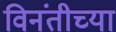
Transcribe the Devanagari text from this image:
विनंतीच्या